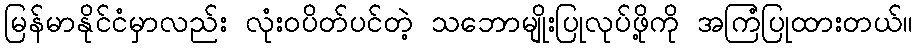
မြန်မာနိုင်ငံမှာလည်း လုံးဝပိတ်ပင်တဲ့ သဘောမျိုးပြုလုပ်ဖို့ကို အကြံပြုထားတယ်။